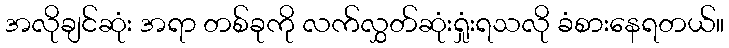
အလိုချင်ဆုံး အရာ တစ်ခုကို လက်လွှတ်ဆုံးရှုံးရသလို ခံစားနေရတယ်။